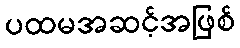
ပထမအဆင့်အဖြစ်